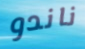
ناندو